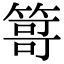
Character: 𥰯